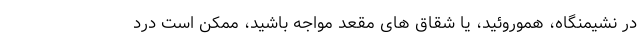
در نشیمنگاه، هموروئید، یا شقاق های مقعد مواجه باشید، ممکن است درد